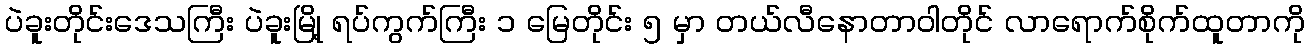
ပဲခူးတိုင်းဒေသကြီး ပဲခူးမြို့ ရပ်ကွက်ကြီး ၁ မြေတိုင်း ၅ မှာ တယ်လီနောတာဝါတိုင် လာရောက်စိုက်ထူတာကို